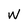
Character: W